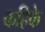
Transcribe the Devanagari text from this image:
कहिके